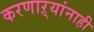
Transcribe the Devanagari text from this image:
करणाऱ्यांनाही